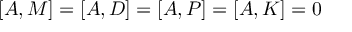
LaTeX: [ A , M ] = [ A , D ] = [ A , P ] = [ A , K ] = 0